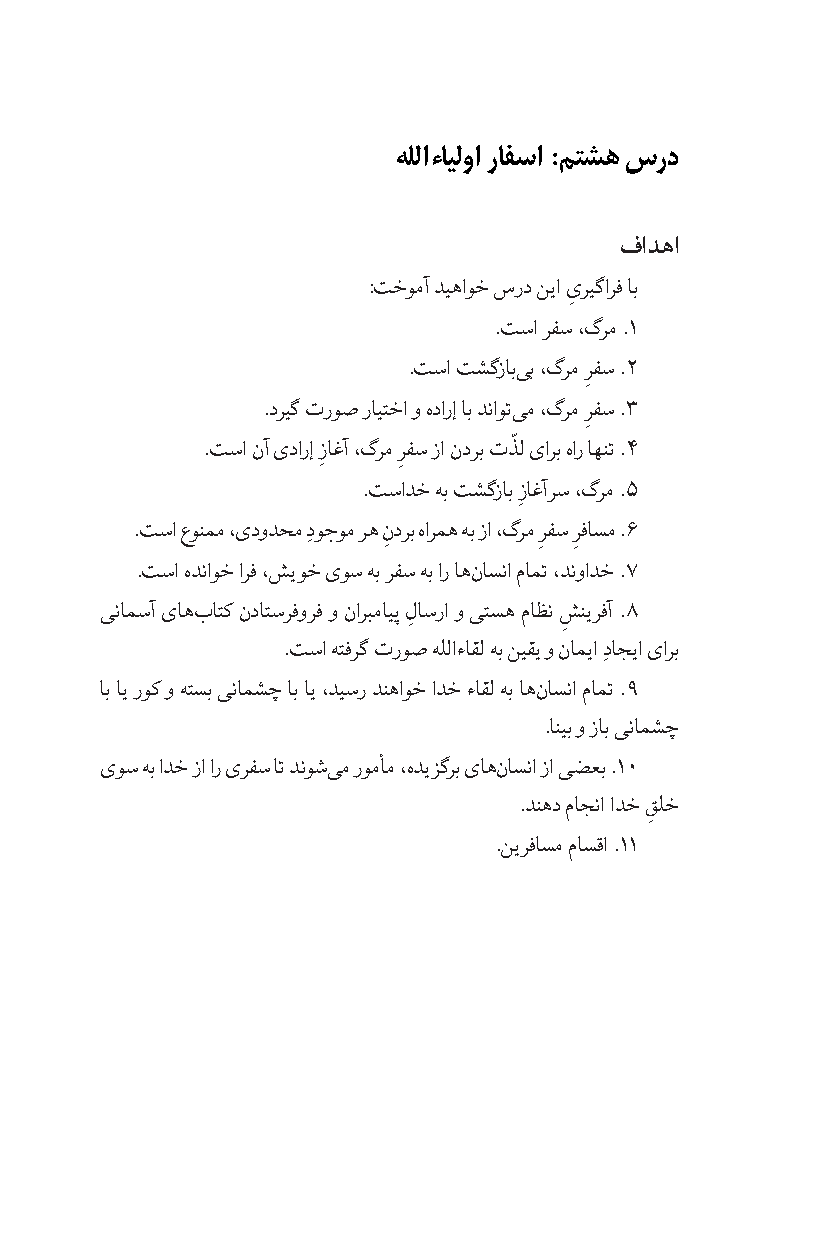
هللا ءایلوا رافسا :متشه سرد
 فادها
 :تخومآ دیهاوخ سرد نیا ىریگارف اب
 ِ
 .تسا رفس ،گرم .1
 .تسا تشگزاب یب ،گرم رفس .2
 ِ
 .دریگ تروص رایتخا و هدارإ اب دناوت یم ،گرم رفس .3
 ِ
 ّ
 .تسا نآ ىدارإ زاغآ ،گرم رفس زا ندرب تذل ىارب هار اهنت .4
 ِ     ِ
 .تسادخ هب تشگزاب زاغآرس ،گرم .5
 ِ
 .تسا عونمم ،ىدودحم دِوجوم ره ن ِدرب هارمه هب زا ،گرم ر ِفس ر ِفاسم .6
 .تسا هدناوخ ارف ،شیوخ ىوس هب رفس هب ار اه ناسنا مامت ،دنوادخ .7
 ینامسآ ىاه باتک نداتسرفورف و ناربمایپ لاسرا و یتسه ماظن شنیرفآ .8
 ِ         ِ
 .تسا هتفرگ تروص هللاءاقل هب نیقی و نامیا دِاجیا ىارب
 اب ای روک و هتسب ینامشچ اب ای ،د یسر دنهاوخ ادخ ءاقل هب اه ناسنا مامت .9
 .انیب و زاب ینامشچ
 ىوس هب ا دخ زا ار ىرفس ات دنوش یم رومأم ،هدیزگرب ىاه ناسنا زا یضعب .10
 .دنهد ماجنا ادخ قلخ
 ِ
 .نیرفاسم ماسقا .11